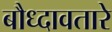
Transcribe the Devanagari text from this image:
बौध्दावतारे